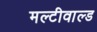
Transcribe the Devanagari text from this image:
मल्टीवाल्ड